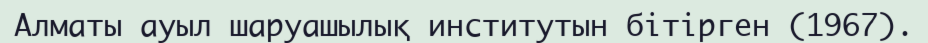
Алматы ауыл шаруашылық институтын бітірген (1967).